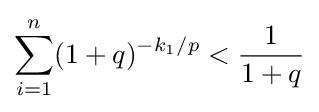
\sum _{i=1}^{n}(1+q)^{-k_{1}/p}<{1 \over 1+q}